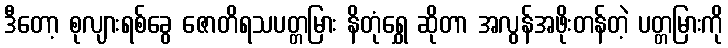
ဒီတော့ စုလျားရစ်ခွေ ဇောတိရသပတ္တမြား နိတုံရွှေ ဆိုတာ အလွန်အဖိုးတန်တဲ့ ပတ္တမြားကို